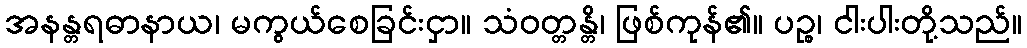
အနန္တရဓာနာယ၊ မကွယ်စေခြင်းငှာ။ သံဝတ္တန္တိ၊ ဖြစ်ကုန်၏။ ပဉ္စ၊ ငါးပါးတို့သည်။